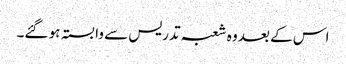
اس کے بعد وہ شعبہ تدریس سے وابستہ ہو گئے۔